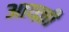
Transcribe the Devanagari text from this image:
आव्व्र्त्ती